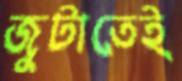
জুটাতেই